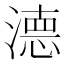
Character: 𭲖